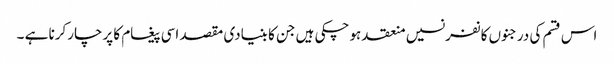
اس قسم کی درجنوں کانفرنسیں منعقد ہوچکی ہیں جن کا بنیادی مقصد اسی پیغام کا پرچارکرنا ہے ۔